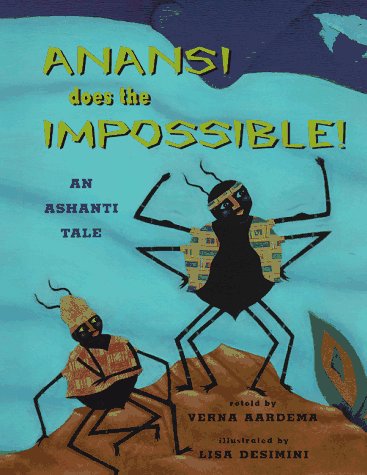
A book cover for Anansi Does The Impossible: An Ashanti Tale; Verna Aardema; Children's Books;